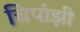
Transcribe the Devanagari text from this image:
चिपांझी